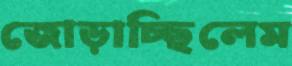
জোড়াচ্ছিলেম